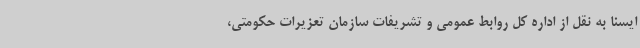
ایسنا به نقل از اداره کل روابط عمومی و تشریفات سازمان تعزیرات حکومتی،